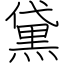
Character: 黛